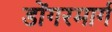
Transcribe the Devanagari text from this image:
डोंगरमार्ग